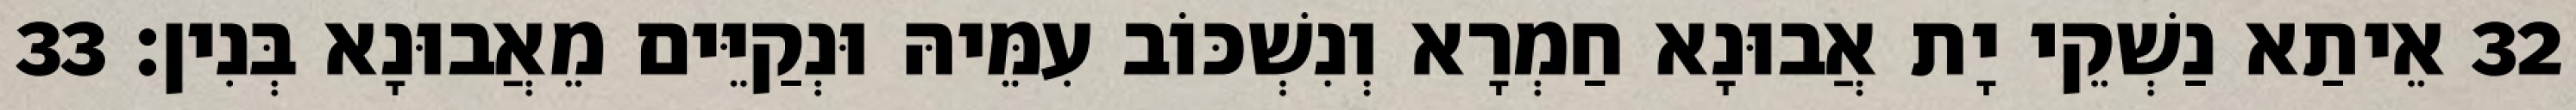
32 אֵיתַא נַשְׁקֵי יָת אֲבוּנָא חַמְרָא וְנִשְׁכּוֹב עִמֵּיהּ וּנְקַיֵּים מֵאֲבוּנָא בְּנִין׃ 33